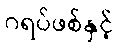
ဂရပ်ဖစ်နှင့်